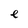
Character: e